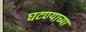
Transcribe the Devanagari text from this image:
घटण्याच्या